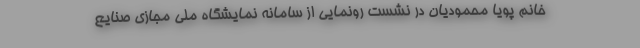
خانم پویا محمودیان در نشست رونمایی از سامانه نمایشگاه ملی مجازی صنایع